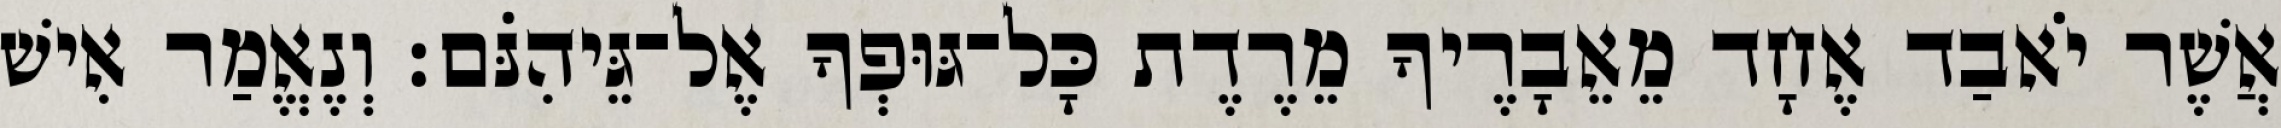
אֲשֶׁר יֹאבַד אֶחָד מֵאֵבָרֶיךָ מֵרֶדֶת כָּל־גּוּפְךָ אֶל־גֵּיהִנֹּם׃ וְנֶאֱמַר אִישׁ